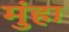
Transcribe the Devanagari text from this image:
मुंहा